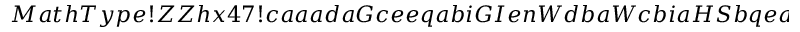
M a t h T y p e ! Z Z h x 4 7 ! c a a a d a G c e e q a b i G I e n W d b a W c b i a H S b q e a O G a c I I e d g 0 a p e a a l e G a e g